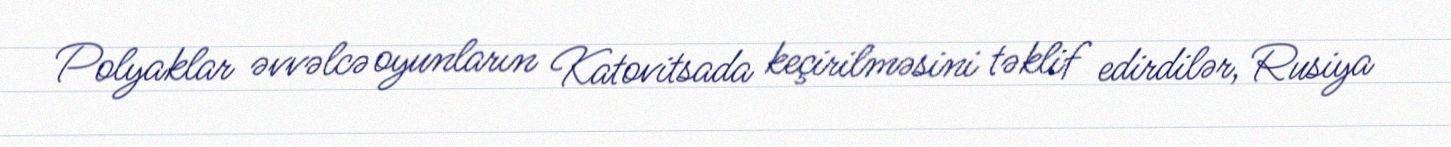
Polyaklar əvvəlcə oyunların Katovitsada keçirilməsini təklif edirdilər, Rusiya